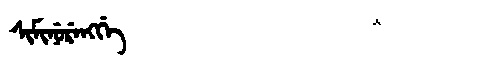
Manchu: ᠰᡳᠮᡳᠨᡠᡵᡝᠩᡤᡝ
Romanization: SIMINURENGGE